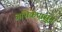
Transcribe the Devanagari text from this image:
अभ्रिकेपासून